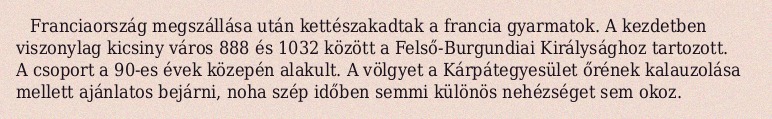
Franciaország megszállása után kettészakadtak a francia gyarmatok. A kezdetben viszonylag kicsiny város 888 és 1032 között a Felső-Burgundiai Királysághoz tartozott. A csoport a 90-es évek közepén alakult. A völgyet a Kárpátegyesület őrének kalauzolása mellett ajánlatos bejárni, noha szép időben semmi különös nehézséget sem okoz.